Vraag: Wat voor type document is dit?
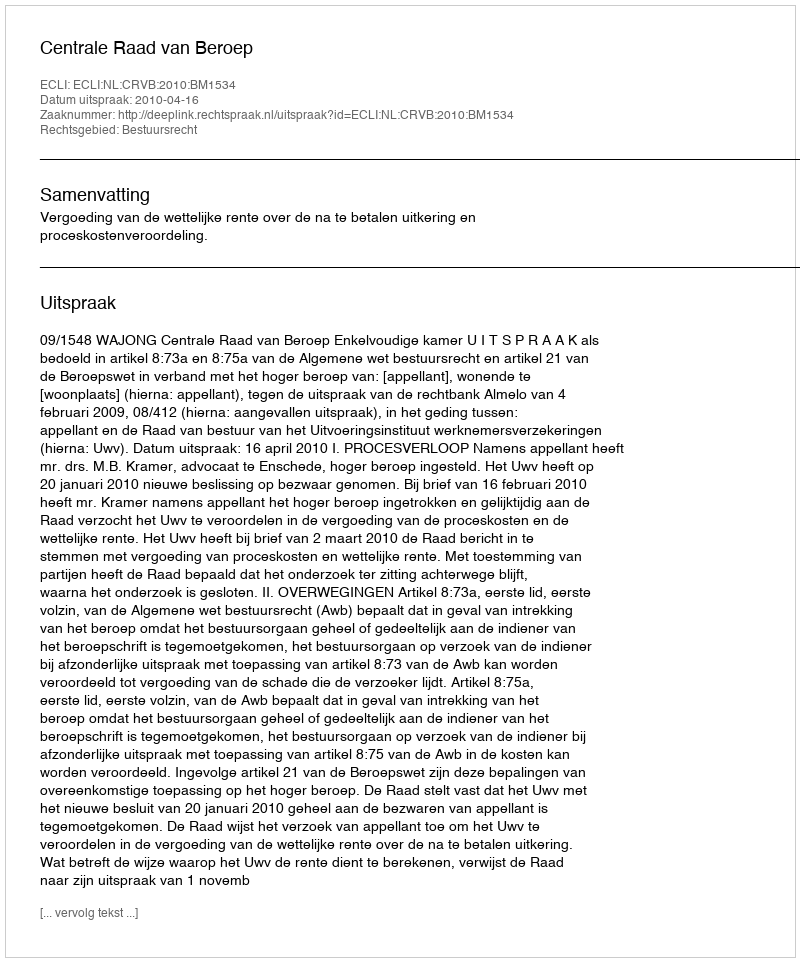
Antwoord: Uitspraak